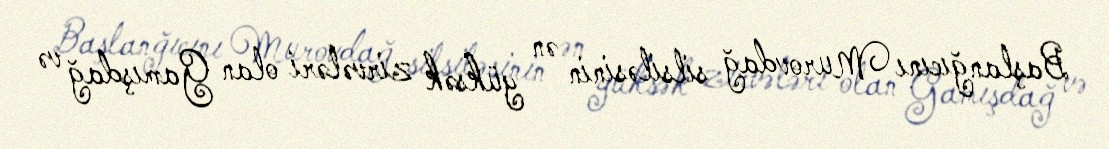
Başlanğıcını Murovdağ silsiləsinin ən yüksək zirvələri olan Gamışdağ və